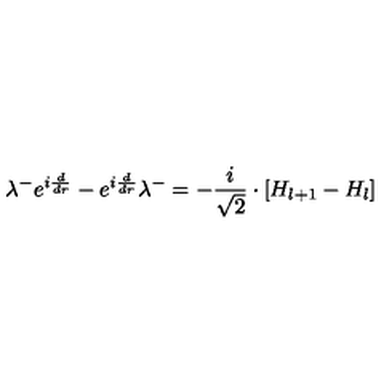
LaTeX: \lambda ^ { - } e ^ { i \frac { d } { d r } } - e ^ { i \frac { d } { d r } } \lambda ^ { - } = - \frac { i } { \sqrt { 2 } } \cdot \left[ H _ { l + 1 } - H _ { l } \right]